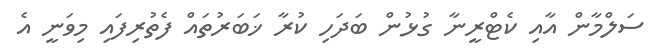
ސަލްމާން އާއި ކެޓްރީނާ ގުޅުން ބަދަހި ކުރާ ޚަބަރުތައް ފެތުރިފައި މިވަނީ އެ